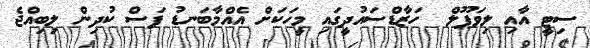
ސިޓީ އާއި ލިވަޕޫލް  ހަޒާޑްސައުދީގައި މީހަކަށް އެއްމާބަނޑު ފަސް ކުދިން ލިބިއްޖެ